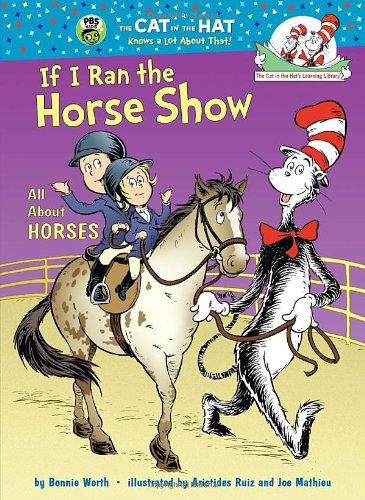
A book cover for If I Ran the Horse Show: All About Horses (Cat in the Hat's Learning Library); Bonnie Worth; Children's Books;